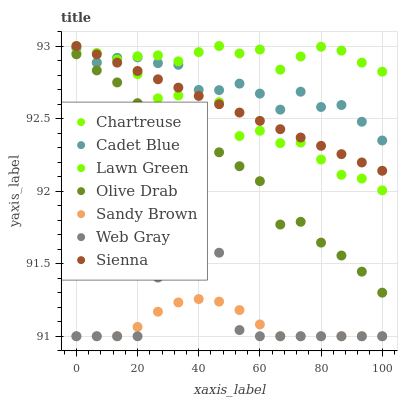
| xaxis_label | Chartreuse | Cadet Blue | Lawn Green | Olive Drab | Sandy Brown | Web Gray | Sienna |
 | --- | --- | --- | --- | --- | --- | --- | --- |
 | 0 | 93 | 93 | 93 | 92.9 | 91 | 91 | 93 |
 | 6.67 | 92.9 | 92.9 | 93 | 92.8 | 91 | 91 | 92.9 |
 | 13.3 | 92.9 | 92.9 | 92.9 | 92.7 | 91 | 91 | 92.9 |
 | 20 | 92.8 | 92.9 | 92.9 | 92.6 | 91.1 | 91 | 92.8 |
 | 26.7 | 92.6 | 92.9 | 92.9 | 92.5 | 91.2 | 91.4 | 92.8 |
 | 33.3 | 92.7 | 92.9 | 92.9 | 92.5 | 91.2 | 91.8 | 92.7 |
 | 40 | 92.6 | 92.7 | 93 | 92.4 | 91.3 | 91.8 | 92.7 |
 | 46.7 | 92.6 | 92.7 | 93 | 92.3 | 91.2 | 91.6 | 92.6 |
 | 53.3 | 92.4 | 92.7 | 92.9 | 92.2 | 91.2 | 91 | 92.5 |
 | 60 | 92.4 | 92.7 | 93 | 92.1 | 91.1 | 91 | 92.5 |
 | 66.7 | 92.3 | 92.6 | 92.8 | 91.8 | 91 | 91 | 92.4 |
 | 73.3 | 92.3 | 92.7 | 92.9 | 91.8 | 91 | 91 | 92.4 |
 | 80 | 92.2 | 92.6 | 93 | 91.6 | 91 | 91 | 92.3 |
 | 86.7 | 92.1 | 92.6 | 93 | 91.6 | 91 | 91 | 92.3 |
 | 93.3 | 92.1 | 92.5 | 92.9 | 91.4 | 91 | 91 | 92.2 |
 | 100 | 92 | 92.3 | 92.8 | 91.3 | 91 | 91 | 92.1 |